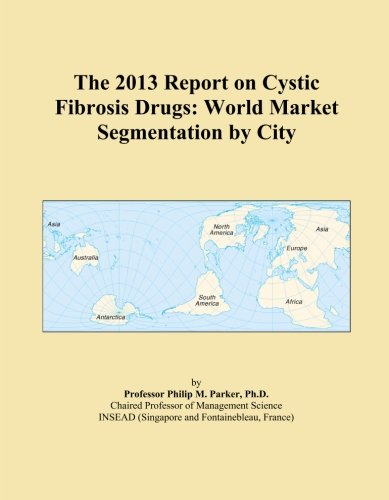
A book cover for The 2013 Report on Cystic Fibrosis Drugs: World Market Segmentation by City; Icon Group International; Health, Fitness & Dieting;